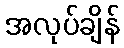
အလုပ်ချိန်